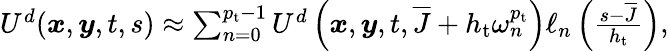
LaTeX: \begin{array}{r}{U^{d}(\boldsymbol{x},\boldsymbol{y},t,s)\approx\sum_{n=0}^{{p_{\mathrm{t}}}-1}U^{d}\left(\boldsymbol{x},\boldsymbol{y},t,\overline{{J}}+h_{\mathrm{t}}\omega_{n}^{p_{\mathrm{t}}}\right)\ell_{n}\left(\frac{s-\overline{{J}}}{h_{\mathrm{t}}}\right),}\end{array}